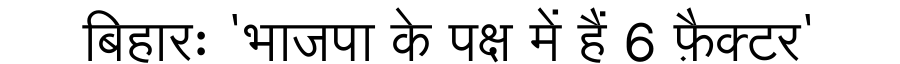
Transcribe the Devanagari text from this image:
बिहारः 'भाजपा के पक्ष में हैं 6 फ़ैक्टर'